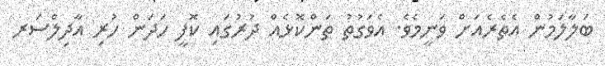
ބަލާލަމުން އެތެރެއަށް ވަނީމެވެ. އެވަގުތު ތަންކޮޅެއް ދުރުގައި ކޮފީ ހަދަން ހުރި އާދިލްސަރ